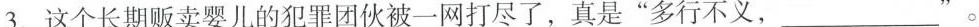
3.这个长期贩卖婴儿的犯罪团伙被一网打尽了，真是“多行不义，___”。